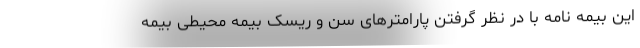
این بیمه نامه با در نظر گرفتن پارامترهای سن و ریسک بیمه محیطی بیمه